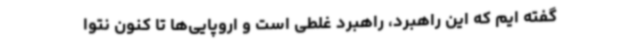
گفته ایم که این راهبرد، راهبرد غلطی است و اروپایی‌ها تا کنون نتوا